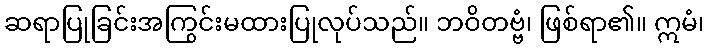
ဆရာပြုခြင်းအကြွင်းမထားပြုလုပ်သည်။ ဘဝိတဗ္ဗံ၊ ဖြစ်ရာ၏။ ဣမံ၊